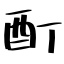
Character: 酊